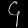
Digit: ၄